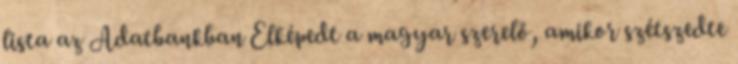
lista az Adatbankban Elképedt a magyar szerelő, amikor szétszedte